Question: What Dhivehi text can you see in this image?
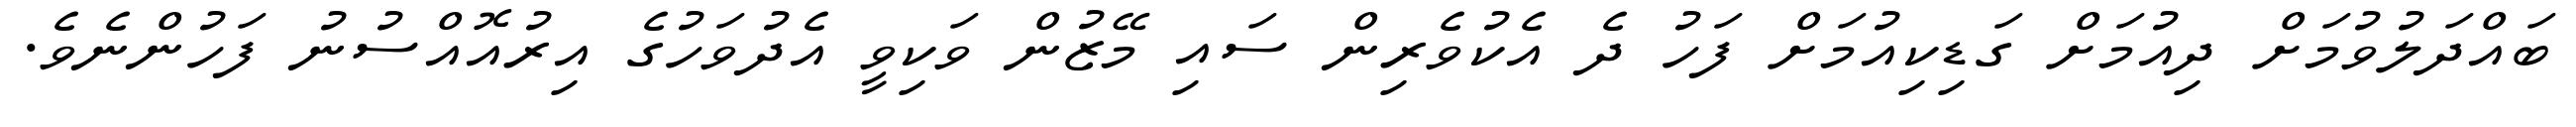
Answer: ބައްދަލުވުމަށް ދިއުމަށް ގަޑިކިއުމަށް ފަހު ދެ އެކުވެރިން ސައި މޭޒުން ވަކިވީ އެދުވަހުގެ އިރުއޮއްސުނު ފަހުންނެވެ.